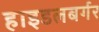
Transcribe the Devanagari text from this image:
हाइडलबर्गर